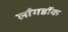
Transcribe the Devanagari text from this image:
लाँगडॉक